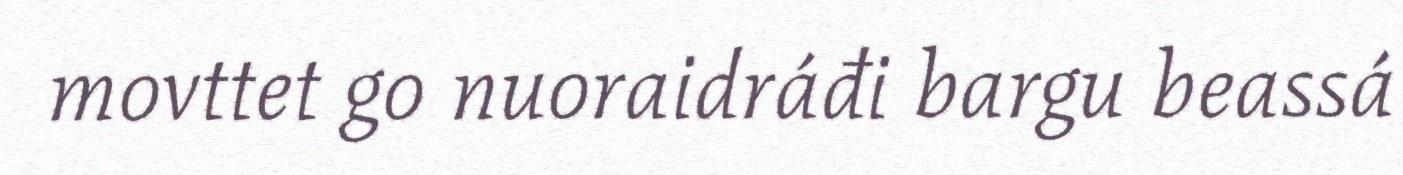
movttet go nuoraidráđi bargu beassá